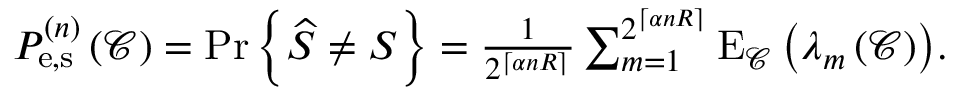
\begin{array} { r } { P _ { { \mathrm { e , s } } } ^ { \left( n \right) } \left( \mathcal { C } \right) = { \mathrm { P r } } \left\{ { \widehat S \ne S } \right\} = \frac { 1 } { { { 2 ^ { \left\lceil { \alpha n R } \right\rceil } } } } \sum _ { m = 1 } ^ { { 2 ^ { \left\lceil { \alpha n R } \right\rceil } } } { { { \mathrm { E } } _ { \mathcal { C } } } \left( { { \lambda _ { m } } \left( \mathcal { C } \right) } \right) } . } \end{array}